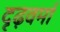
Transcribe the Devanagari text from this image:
दृढ़वर्मा